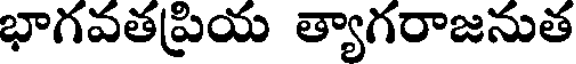
భాగవతప్రియ త్యాగరాజనుత